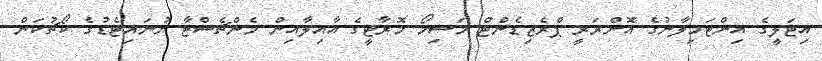
އިޓަލީގެ އިންޓަމިލާނުގެ އޮންރަރީ ޕްރެޒިޑެންޓް މަސިމޯ މޮރާޓީގެ އާއިލާއިން މެންޗެސްޓާ ޔުނައިޓެޑުގެ ކޯޗުކަން